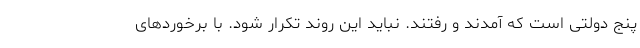
پنج دولتی است که آمدند و رفتند. نباید این روند تکرار شود. با برخوردهای